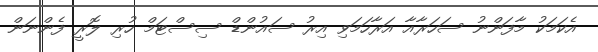
އެކަމަކު މާފަންނު ސަހަރާއާ އަރާހަމަވި އިރު ސައުންޑް ސިސްޓަމް ހުރި ލޮރީ ފެންނަން